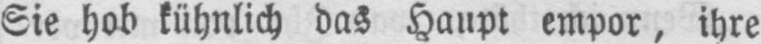
Sie hob kühnlich das Haupt empor, ihre